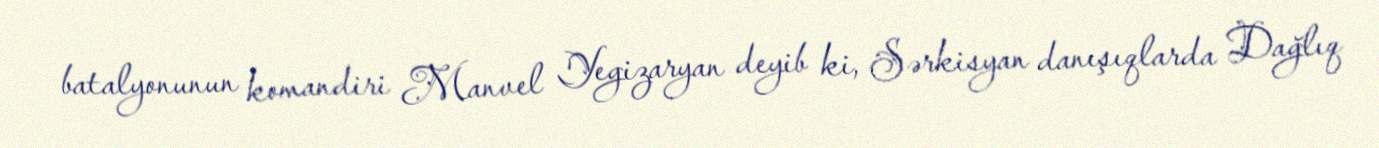
batalyonunun komandiri Manvel Yegizaryan deyib ki, Sərkisyan danışıqlarda Dağlıq